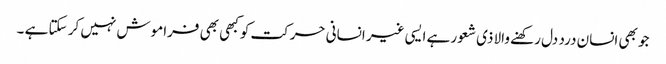
جو بھی انسان درد دل رکھنے والا ذی شعور ہے ایسی غیر انسانی حرکت کو کبھی بھی فراموش نہیں کر سکتا ہے ۔